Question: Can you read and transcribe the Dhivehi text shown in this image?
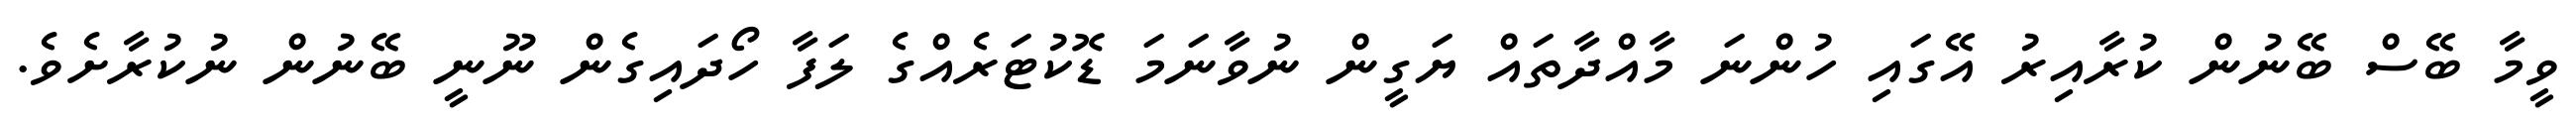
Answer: ވީމާ ބޭސް ބޭނުން ކުރާއިރު އޭގައި ހުންނަ މާއްދާތައް ޔަގީން ނުވާނަމަ ޑޮކުޓަރެއްގެ ލަފާ ހޯދައިގެން ނޫނީ ބޭނުން ނުކުރާށެވެ.